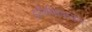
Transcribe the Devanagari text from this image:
इजिप्शियन्सना